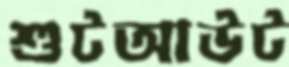
শুটআউট